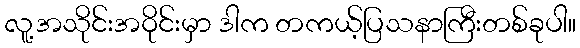
လူ့အသိုင်းအဝိုင်းမှာ ဒါက တကယ့်ပြသနာကြီးတစ်ခုပါ။